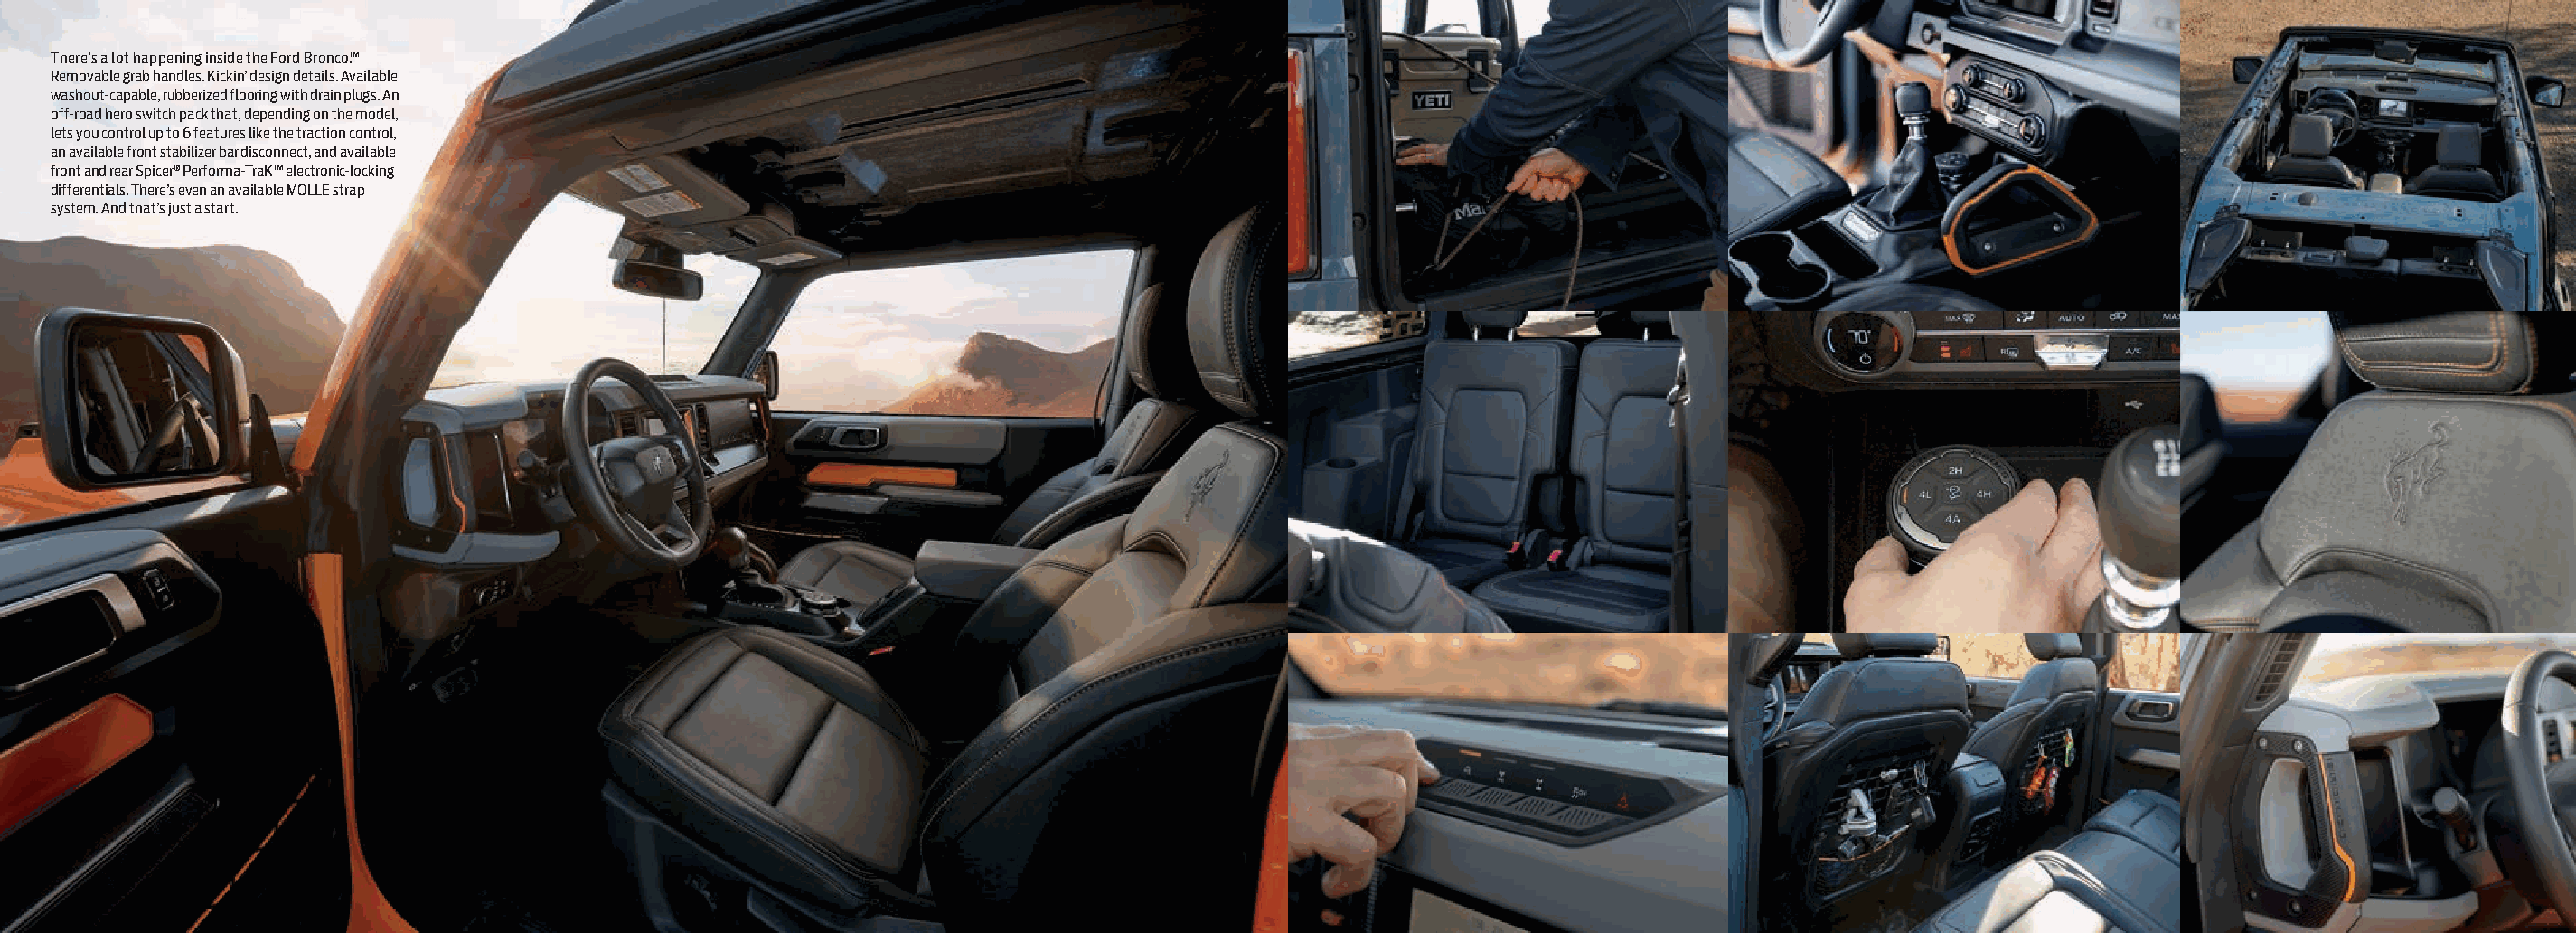
There’s a lot happening inside the Ford Bronco™.
 Removable grab handles. Kickin’ design details. Available
 washout-capable, rubberized flooring with drain plugs. An
 off-road hero switch pack that, depending on the model,
 lets you control up to 6 features like the traction control,
 an available front stabilizer bar disconnect, and available
 front and rear Spicer® Performa-TraK™ electronic-locking
 differentials. There’s even an available MOLLE strap
 system. And that’s just a start.